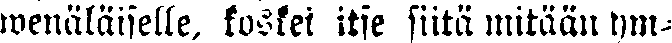
wenäläiselle, kosket itse siitä mitään ym-